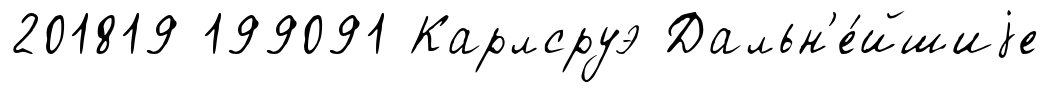
201819 199091 Карлсруэ Дальн'е́йшиjе